Newspaper: West-Jersey pioneer. [volume]
Place of publication: Bridgeton, N.J.
Publisher: [James B. Ferguson]
Date: 1870-12-30 00:00:00
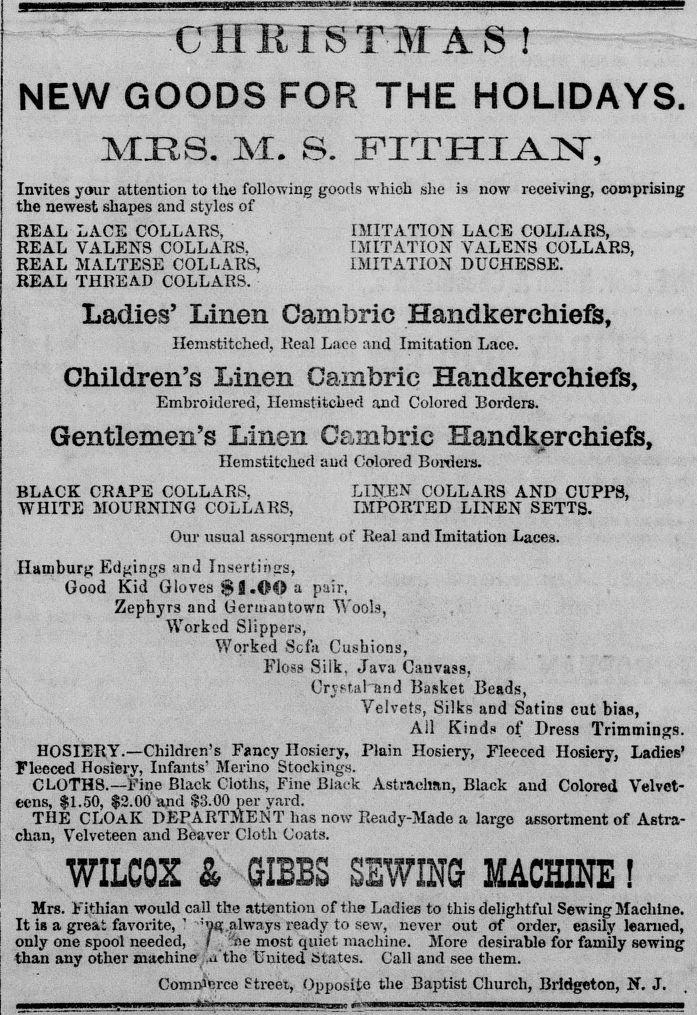
Advertisement text (OCR):
CHRISTMAS ! NEW GOODS FOR THE HOLIDAYS. MRS. M. S. FITHIAJST, Invites your attention to the following goods which she is now receiving, comprising the newest shapes and styles of REAL LACE COLLARS, IMITATION LACE COLLARS, REAL VALENS COLLARS, IMITATION VALENS COLLARS, REAL MALTESE COLLARS, IMITATION DUCHESSE. REAL THREAD COLLARS. Ladies’ Linen Cambric Handkerchiefs, Hemstitched, Real Lace and Imitation Lace. Children’s Linen Cambric Handkerchiefs, Embroidered, Hemstitched and Colored Borders. Gentlemen’s Linen Cambric Handkerchiefs, Hemstitched and Colored Borders. BLACK CRAPE COLLARS, LINEN COLLARS AND CUPPS, WHITE MOURNING COLLARS, IMPORTED LINEN SETTS. Our usual assortment of Real and Imitation Laces. Hamburg Edgings and Insertings, Good Kid Gloves a pair, Zephyrs and Germantown Wools, Worked Slippers, Worked Sofa Cushions, Floss Silk. Java Canvass, Crystal and Basket Beads, Velvets, Silks and Satins cut bias, All Kinds of Dress Trimmings. HOSIERY.—Children’s Fancy Hosiery, Plain Hosiery, Fleeced Hosiery, Ladies’ Fleeced Hosiery, Infants’Merino Stockings. CLOTHS.—Fine Black Cloths, Fine Black Astrachan, Black and Colored Velvet eens, $1.50, $2.00 and $3.00 per yard. THE CLOAK DEPARTMENT has now Ready-Made a large assortment of Astra chan, Velveteen and Beaver Cloth Coats. WILCOX & GIBBS SEWING MACHINE! Mrs. Fithian would call the attention of the Ladies to this delightful Sewing Machine. It is a great favorite, ' :yg,always ready to sew, never out of order, easily learned, only one spool needed, f V'.e most quiet machine. More desirable for family sewing than any other machine a the United States. Call and see them. Commerce Street, Opposite the Baptist Church, Bridgeton, N. J.
Label: text-only